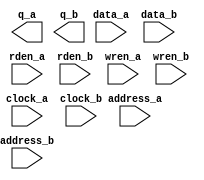
// megafunction wizard: %RAM: 2-PORT%VBB%
// GENERATION: STANDARD
// VERSION: WM1.0
// MODULE: altsyncram 

// ============================================================
// Megafunction Name(s):
// 			altsyncram
//
// Simulation Library Files(s):
// 			altera_mf
// ============================================================
// ************************************************************
// THIS IS A WIZARD-GENERATED FILE. DO NOT EDIT THIS FILE!
//
// 17.0.0 Build 595 04/25/2017 SJ Lite Edition
// ************************************************************

//Copyright (C) 2017  Intel Corporation. All rights reserved.
//Your use of Intel Corporation's design tools, logic functions 
//and other software and tools, and its AMPP partner logic 
//functions, and any output files from any of the foregoing 
//(including device programming or simulation files), and any 
//associated documentation or information are expressly subject 
//to the terms and conditions of the Intel Program License 
//Subscription Agreement, the Intel Quartus Prime License Agreement,
//the Intel MegaCore Function License Agreement, or other 
//applicable license agreement, including, without limitation, 
//that your use is for the sole purpose of programming logic 
//devices manufactured by Intel and sold by Intel or its 
//authorized distributors.  Please refer to the applicable 
//agreement for further details.

module MEM48x28 (
	address_a,
	address_b,
	clock_a,
	clock_b,
	data_a,
	data_b,
	rden_a,
	rden_b,
	wren_a,
	wren_b,
	q_a,
	q_b);

	input	[5:0]  address_a;
	input	[5:0]  address_b;
	input	  clock_a;
	input	  clock_b;
	input	[27:0]  data_a;
	input	[27:0]  data_b;
	input	  rden_a;
	input	  rden_b;
	input	  wren_a;
	input	  wren_b;
	output	[27:0]  q_a;
	output	[27:0]  q_b;
`ifndef ALTERA_RESERVED_QIS
// synopsys translate_off
`endif
	tri1	  clock_a;
	tri1	  rden_a;
	tri1	  rden_b;
	tri0	  wren_a;
	tri0	  wren_b;
`ifndef ALTERA_RESERVED_QIS
// synopsys translate_on
`endif

endmodule

// ============================================================
// CNX file retrieval info
// ============================================================
// Retrieval info: PRIVATE: ADDRESSSTALL_A NUMERIC "0"
// Retrieval info: PRIVATE: ADDRESSSTALL_B NUMERIC "0"
// Retrieval info: PRIVATE: BYTEENA_ACLR_A NUMERIC "0"
// Retrieval info: PRIVATE: BYTEENA_ACLR_B NUMERIC "0"
// Retrieval info: PRIVATE: BYTE_ENABLE_A NUMERIC "0"
// Retrieval info: PRIVATE: BYTE_ENABLE_B NUMERIC "0"
// Retrieval info: PRIVATE: BYTE_SIZE NUMERIC "8"
// Retrieval info: PRIVATE: BlankMemory NUMERIC "1"
// Retrieval info: PRIVATE: CLOCK_ENABLE_INPUT_A NUMERIC "0"
// Retrieval info: PRIVATE: CLOCK_ENABLE_INPUT_B NUMERIC "0"
// Retrieval info: PRIVATE: CLOCK_ENABLE_OUTPUT_A NUMERIC "0"
// Retrieval info: PRIVATE: CLOCK_ENABLE_OUTPUT_B NUMERIC "0"
// Retrieval info: PRIVATE: CLRdata NUMERIC "0"
// Retrieval info: PRIVATE: CLRq NUMERIC "0"
// Retrieval info: PRIVATE: CLRrdaddress NUMERIC "0"
// Retrieval info: PRIVATE: CLRrren NUMERIC "0"
// Retrieval info: PRIVATE: CLRwraddress NUMERIC "0"
// Retrieval info: PRIVATE: CLRwren NUMERIC "0"
// Retrieval info: PRIVATE: Clock NUMERIC "5"
// Retrieval info: PRIVATE: Clock_A NUMERIC "0"
// Retrieval info: PRIVATE: Clock_B NUMERIC "0"
// Retrieval info: PRIVATE: IMPLEMENT_IN_LES NUMERIC "0"
// Retrieval info: PRIVATE: INDATA_ACLR_B NUMERIC "0"
// Retrieval info: PRIVATE: INDATA_REG_B NUMERIC "1"
// Retrieval info: PRIVATE: INIT_FILE_LAYOUT STRING "PORT_A"
// Retrieval info: PRIVATE: INIT_TO_SIM_X NUMERIC "0"
// Retrieval info: PRIVATE: INTENDED_DEVICE_FAMILY STRING "Cyclone V"
// Retrieval info: PRIVATE: JTAG_ENABLED NUMERIC "0"
// Retrieval info: PRIVATE: JTAG_ID STRING "NONE"
// Retrieval info: PRIVATE: MAXIMUM_DEPTH NUMERIC "0"
// Retrieval info: PRIVATE: MEMSIZE NUMERIC "1344"
// Retrieval info: PRIVATE: MEM_IN_BITS NUMERIC "0"
// Retrieval info: PRIVATE: MIFfilename STRING ""
// Retrieval info: PRIVATE: OPERATION_MODE NUMERIC "3"
// Retrieval info: PRIVATE: OUTDATA_ACLR_B NUMERIC "0"
// Retrieval info: PRIVATE: OUTDATA_REG_B NUMERIC "1"
// Retrieval info: PRIVATE: RAM_BLOCK_TYPE NUMERIC "0"
// Retrieval info: PRIVATE: READ_DURING_WRITE_MODE_MIXED_PORTS NUMERIC "2"
// Retrieval info: PRIVATE: READ_DURING_WRITE_MODE_PORT_A NUMERIC "3"
// Retrieval info: PRIVATE: READ_DURING_WRITE_MODE_PORT_B NUMERIC "3"
// Retrieval info: PRIVATE: REGdata NUMERIC "1"
// Retrieval info: PRIVATE: REGq NUMERIC "1"
// Retrieval info: PRIVATE: REGrdaddress NUMERIC "0"
// Retrieval info: PRIVATE: REGrren NUMERIC "1"
// Retrieval info: PRIVATE: REGwraddress NUMERIC "1"
// Retrieval info: PRIVATE: REGwren NUMERIC "1"
// Retrieval info: PRIVATE: SYNTH_WRAPPER_GEN_POSTFIX STRING "1"
// Retrieval info: PRIVATE: USE_DIFF_CLKEN NUMERIC "0"
// Retrieval info: PRIVATE: UseDPRAM NUMERIC "1"
// Retrieval info: PRIVATE: VarWidth NUMERIC "0"
// Retrieval info: PRIVATE: WIDTH_READ_A NUMERIC "28"
// Retrieval info: PRIVATE: WIDTH_READ_B NUMERIC "28"
// Retrieval info: PRIVATE: WIDTH_WRITE_A NUMERIC "28"
// Retrieval info: PRIVATE: WIDTH_WRITE_B NUMERIC "28"
// Retrieval info: PRIVATE: WRADDR_ACLR_B NUMERIC "0"
// Retrieval info: PRIVATE: WRADDR_REG_B NUMERIC "1"
// Retrieval info: PRIVATE: WRCTRL_ACLR_B NUMERIC "0"
// Retrieval info: PRIVATE: enable NUMERIC "0"
// Retrieval info: PRIVATE: rden NUMERIC "1"
// Retrieval info: LIBRARY: altera_mf altera_mf.altera_mf_components.all
// Retrieval info: CONSTANT: ADDRESS_REG_B STRING "CLOCK1"
// Retrieval info: CONSTANT: CLOCK_ENABLE_INPUT_A STRING "BYPASS"
// Retrieval info: CONSTANT: CLOCK_ENABLE_INPUT_B STRING "BYPASS"
// Retrieval info: CONSTANT: CLOCK_ENABLE_OUTPUT_A STRING "BYPASS"
// Retrieval info: CONSTANT: CLOCK_ENABLE_OUTPUT_B STRING "BYPASS"
// Retrieval info: CONSTANT: INDATA_REG_B STRING "CLOCK1"
// Retrieval info: CONSTANT: INTENDED_DEVICE_FAMILY STRING "Cyclone V"
// Retrieval info: CONSTANT: LPM_TYPE STRING "altsyncram"
// Retrieval info: CONSTANT: NUMWORDS_A NUMERIC "48"
// Retrieval info: CONSTANT: NUMWORDS_B NUMERIC "48"
// Retrieval info: CONSTANT: OPERATION_MODE STRING "BIDIR_DUAL_PORT"
// Retrieval info: CONSTANT: OUTDATA_ACLR_A STRING "NONE"
// Retrieval info: CONSTANT: OUTDATA_ACLR_B STRING "NONE"
// Retrieval info: CONSTANT: OUTDATA_REG_A STRING "CLOCK0"
// Retrieval info: CONSTANT: OUTDATA_REG_B STRING "CLOCK1"
// Retrieval info: CONSTANT: POWER_UP_UNINITIALIZED STRING "FALSE"
// Retrieval info: CONSTANT: READ_DURING_WRITE_MODE_PORT_A STRING "NEW_DATA_NO_NBE_READ"
// Retrieval info: CONSTANT: READ_DURING_WRITE_MODE_PORT_B STRING "NEW_DATA_NO_NBE_READ"
// Retrieval info: CONSTANT: WIDTHAD_A NUMERIC "6"
// Retrieval info: CONSTANT: WIDTHAD_B NUMERIC "6"
// Retrieval info: CONSTANT: WIDTH_A NUMERIC "28"
// Retrieval info: CONSTANT: WIDTH_B NUMERIC "28"
// Retrieval info: CONSTANT: WIDTH_BYTEENA_A NUMERIC "1"
// Retrieval info: CONSTANT: WIDTH_BYTEENA_B NUMERIC "1"
// Retrieval info: CONSTANT: WRCONTROL_WRADDRESS_REG_B STRING "CLOCK1"
// Retrieval info: USED_PORT: address_a 0 0 6 0 INPUT NODEFVAL "address_a[5..0]"
// Retrieval info: USED_PORT: address_b 0 0 6 0 INPUT NODEFVAL "address_b[5..0]"
// Retrieval info: USED_PORT: clock_a 0 0 0 0 INPUT VCC "clock_a"
// Retrieval info: USED_PORT: clock_b 0 0 0 0 INPUT NODEFVAL "clock_b"
// Retrieval info: USED_PORT: data_a 0 0 28 0 INPUT NODEFVAL "data_a[27..0]"
// Retrieval info: USED_PORT: data_b 0 0 28 0 INPUT NODEFVAL "data_b[27..0]"
// Retrieval info: USED_PORT: q_a 0 0 28 0 OUTPUT NODEFVAL "q_a[27..0]"
// Retrieval info: USED_PORT: q_b 0 0 28 0 OUTPUT NODEFVAL "q_b[27..0]"
// Retrieval info: USED_PORT: rden_a 0 0 0 0 INPUT VCC "rden_a"
// Retrieval info: USED_PORT: rden_b 0 0 0 0 INPUT VCC "rden_b"
// Retrieval info: USED_PORT: wren_a 0 0 0 0 INPUT GND "wren_a"
// Retrieval info: USED_PORT: wren_b 0 0 0 0 INPUT GND "wren_b"
// Retrieval info: CONNECT: @address_a 0 0 6 0 address_a 0 0 6 0
// Retrieval info: CONNECT: @address_b 0 0 6 0 address_b 0 0 6 0
// Retrieval info: CONNECT: @clock0 0 0 0 0 clock_a 0 0 0 0
// Retrieval info: CONNECT: @clock1 0 0 0 0 clock_b 0 0 0 0
// Retrieval info: CONNECT: @data_a 0 0 28 0 data_a 0 0 28 0
// Retrieval info: CONNECT: @data_b 0 0 28 0 data_b 0 0 28 0
// Retrieval info: CONNECT: @rden_a 0 0 0 0 rden_a 0 0 0 0
// Retrieval info: CONNECT: @rden_b 0 0 0 0 rden_b 0 0 0 0
// Retrieval info: CONNECT: @wren_a 0 0 0 0 wren_a 0 0 0 0
// Retrieval info: CONNECT: @wren_b 0 0 0 0 wren_b 0 0 0 0
// Retrieval info: CONNECT: q_a 0 0 28 0 @q_a 0 0 28 0
// Retrieval info: CONNECT: q_b 0 0 28 0 @q_b 0 0 28 0
// Retrieval info: GEN_FILE: TYPE_NORMAL MEM48x28.v TRUE
// Retrieval info: GEN_FILE: TYPE_NORMAL MEM48x28.inc FALSE
// Retrieval info: GEN_FILE: TYPE_NORMAL MEM48x28.cmp FALSE
// Retrieval info: GEN_FILE: TYPE_NORMAL MEM48x28.bsf FALSE
// Retrieval info: GEN_FILE: TYPE_NORMAL MEM48x28_inst.v FALSE
// Retrieval info: GEN_FILE: TYPE_NORMAL MEM48x28_bb.v TRUE
// Retrieval info: GEN_FILE: TYPE_NORMAL MEM48x28_syn.v TRUE
// Retrieval info: LIB_FILE: altera_mf